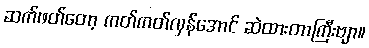
ဆက်ဖတ်တော့ ကတ်ကတ်လှန်အောင် ဆဲထားတာကြီးဗျာ။